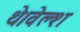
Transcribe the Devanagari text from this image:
थे।वेल्श